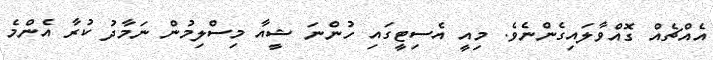
އެއްޗެއް ގޮއްވާލައިގެންނެވެ. މިއީ އެސިޓީގައި ހުންނަ ޝީއާ މިސްލިމުން ނަމާދު ކުރާ އެންމެ